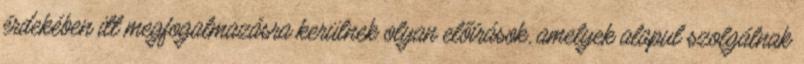
érdekében itt megfogalmazásra kerülnek olyan előírások, amelyek alapul szolgálnak